Annual report of the Prince of Wales Medical College, Patna
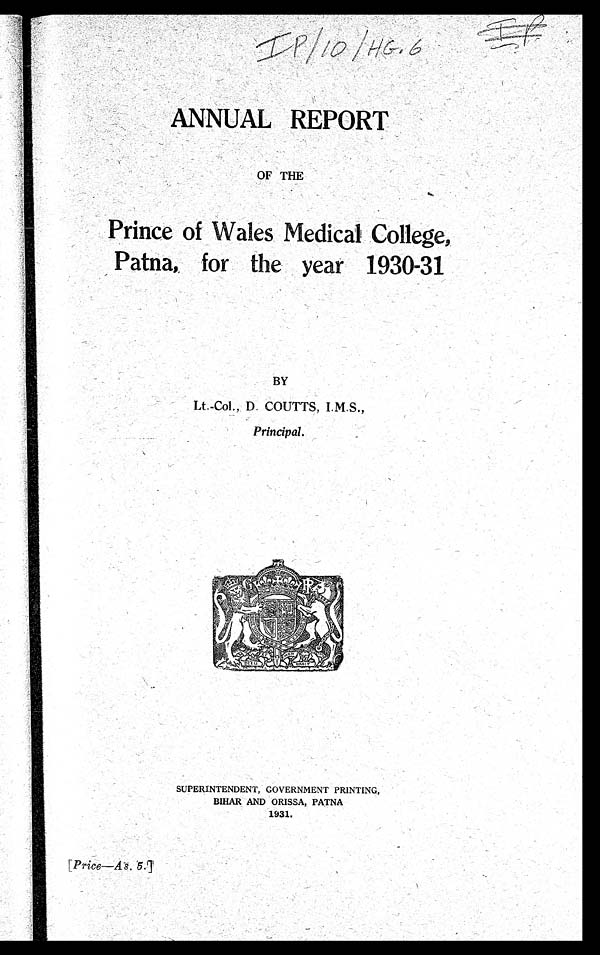
I
ANNUAL REPORT
O F T H E
Prince of Wales Medical College,
Patna, for the year 1930-31
BY
Lt.-Col., D. COUTTS, I.M.S.,
Principal.
SUPERINTENDENT, ' GOVERNMENT PRINTING,
BIHAR AND ORISSA, PATNA
1931.
[ Price—As . 5. ]